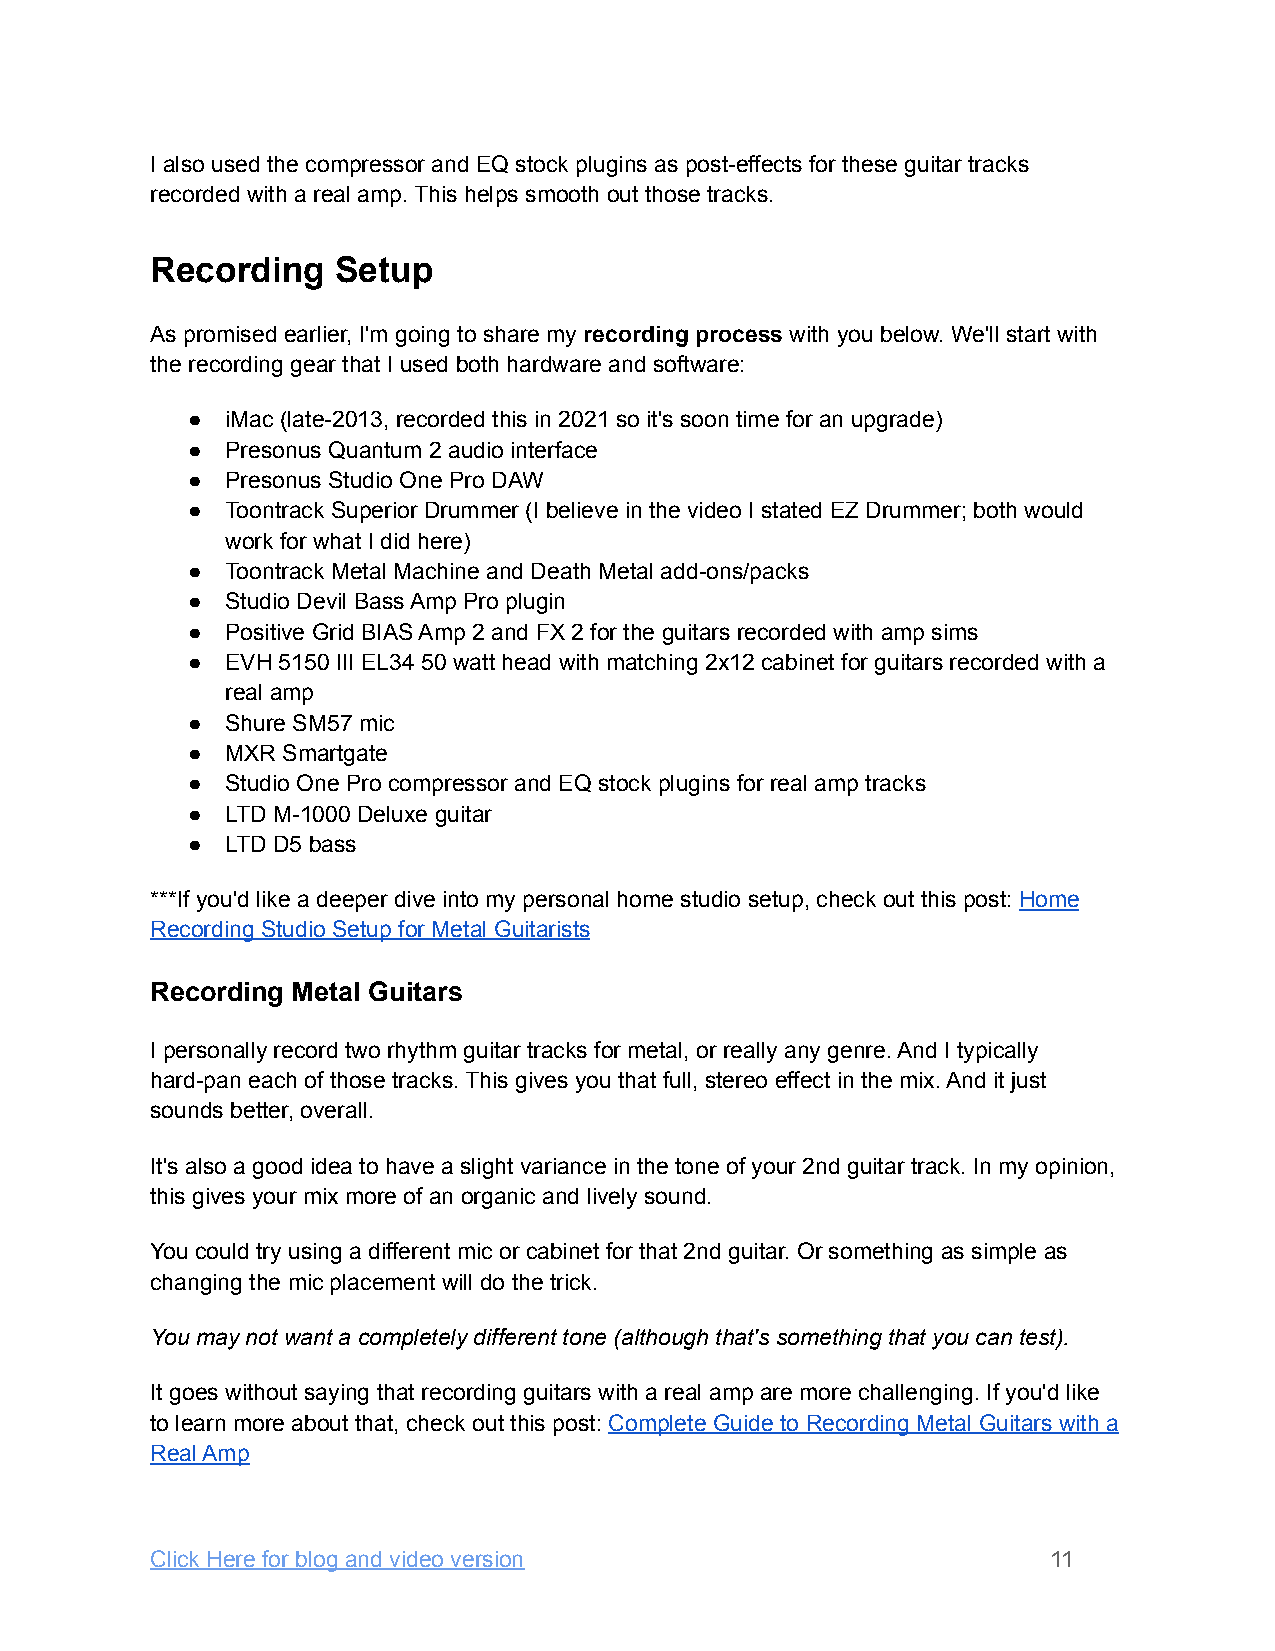
I also used the compressor and EQ stock plugins as post-effects for these guitar tracks
 recorded with a real amp. This helps smooth out those tracks.
 Recording   Setup
 As promised earlier, I'm going to share my recording process with you below. We'll start with
 the recording gear that I used both hardware and software:
 ●  iMac (late-2013, recorded this in 2021 so it's soon time for an upgrade)
 ●  Presonus Quantum 2 audio interface
 ●  Presonus Studio One Pro DAW
 ●  Toontrack Superior Drummer (I believe in the video I stated EZ Drummer; both would
 work for what I did here)
 ●  Toontrack Metal Machine and Death Metal add-ons/packs
 ●  Studio Devil Bass Amp Pro plugin
 ●  Positive Grid BIAS Amp 2 and FX 2 for the guitars recorded with amp sims
 ●  EVH 5150 III EL34 50 watt head with matching 2x12 cabinet for guitars recorded with a
 real amp
 ●  Shure SM57 mic
 ●  MXR Smartgate
 ●  Studio One Pro compressor and EQ stock plugins for real amp tracks
 ●  LTD M-1000 Deluxe guitar
 ●  LTD D5 bass
 ***If you'd like a deeper dive into my personal home studio setup, check out this post: Home
 Recording Studio Setup for Metal Guitarists
 Recording Metal Guitars
 I personally record two rhythm guitar tracks for metal, or really any genre. And I typically
 hard-pan each of those tracks. This gives you that full, stereo effect in the mix. And it just
 sounds better, overall.
 It's also a good idea to have a slight variance in the tone of your 2nd guitar track. In my opinion,
 this gives your mix more of an organic and lively sound.
 You could try using a different mic or cabinet for that 2nd guitar. Or something as simple as
 changing the mic placement will do the trick.
 You may not want a completely different tone (although that's something that you can test).
 It goes without saying that recording guitars with a real amp are more challenging. If you'd like
 to learn more about that, check out this post: Complete Guide to Recording Metal Guitars with a
 Real Amp
 Click Here for blog and video version                       11